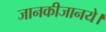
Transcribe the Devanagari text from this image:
जानकीजानये।